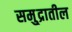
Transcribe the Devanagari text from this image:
समु्द्रातील